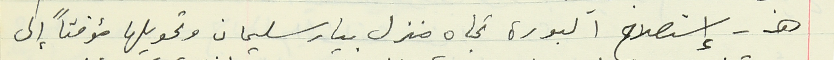
ه - إستصلاح البورة تجاه منزل بيار سليمان وتحويلها مؤقتاً إلى